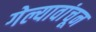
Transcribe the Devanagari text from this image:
गेल्यावांचून